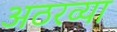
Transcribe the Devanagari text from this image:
अठरव्या